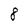
Character: 8